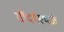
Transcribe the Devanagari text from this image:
सौंदर्यस्थळे